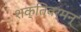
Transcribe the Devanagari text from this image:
शक्तिवर्मन्‌